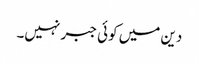
دین میں کوئی جبر نہیں۔